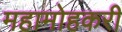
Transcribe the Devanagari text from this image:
महामोहकरी